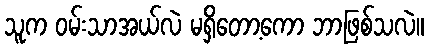
သူက ဝမ်းသာအယ်လဲ မရှိတော့ကော ဘာဖြစ်သလဲ။